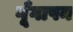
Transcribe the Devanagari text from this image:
गूँगापन